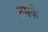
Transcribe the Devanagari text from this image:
ठमके